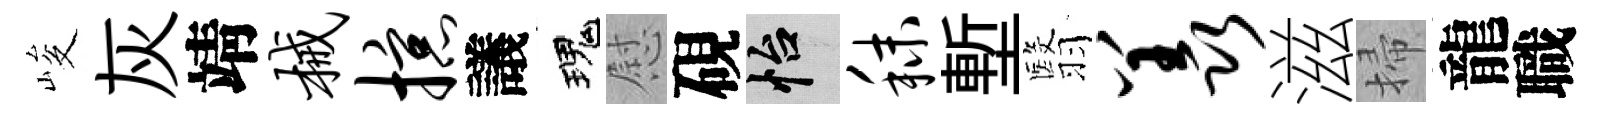
峻灰靖械掠議瑰慰硯怡秣塹翳羡滋掃龍職